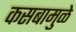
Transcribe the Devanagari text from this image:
कसबामुळे